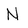
Character: N